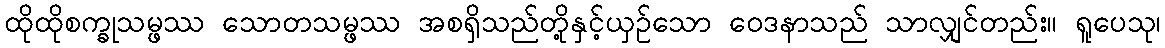
ထိုထိုစက္ခုသမ္ဖဿ သောတသမ္ဖဿ အစရှိသည်တို့နှင့်ယှဉ်သော ဝေဒနာသည် သာလျှင်တည်း။ ရူပေသု၊